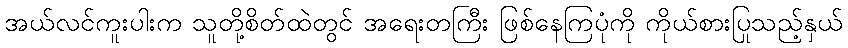
အယ်လင်ကူးပါးက သူတို့စိတ်ထဲတွင် အရေးတကြီး ဖြစ်နေကြပုံကို ကိုယ်စားပြုသည့်နှယ်